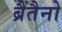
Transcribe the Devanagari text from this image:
ब्रैंतैनो